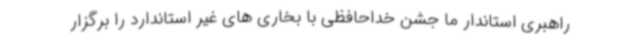
راهبری استاندار ما جشن خداحافظی با بخاری های غیر استاندارد را برگزار